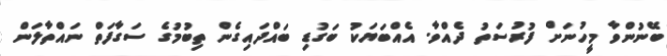
ބޭނުންވާ މީހުނަށް ފުރުސަތު ދެއްވާ. އެއްބަޔަކު ބަގުޑި ބައްދައިގެން ތިބުމުގެ ސަގާފަތް ނައްތާލަން